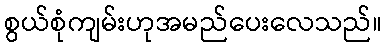
စွယ်စုံကျမ်းဟုအမည်ပေးလေသည်။